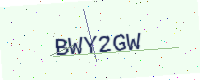
Text: BWY2GW